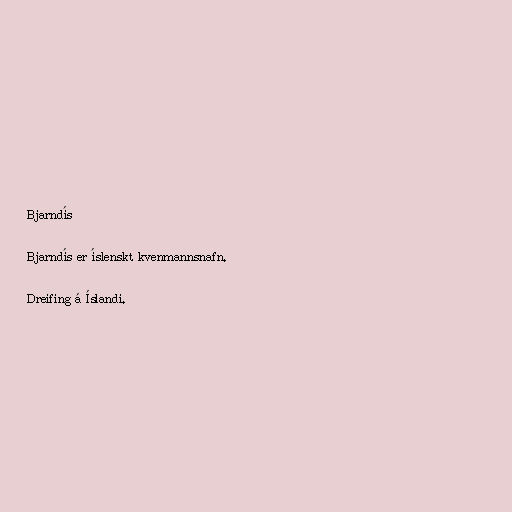
Bjarndís

Bjarndís er íslenskt kvenmannsnafn.

Dreifing á Íslandi.